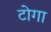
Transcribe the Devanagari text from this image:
टोगा